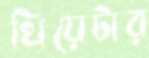
থিয়েটার